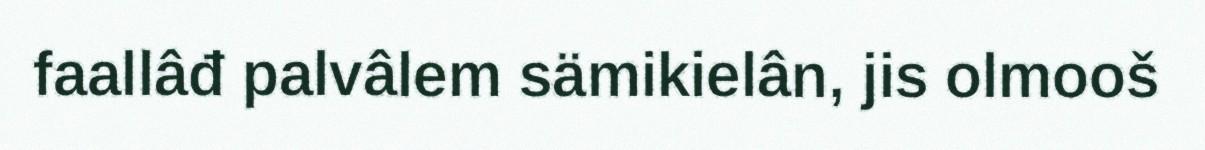
faallâđ palvâlem sämikielân, jis olmooš